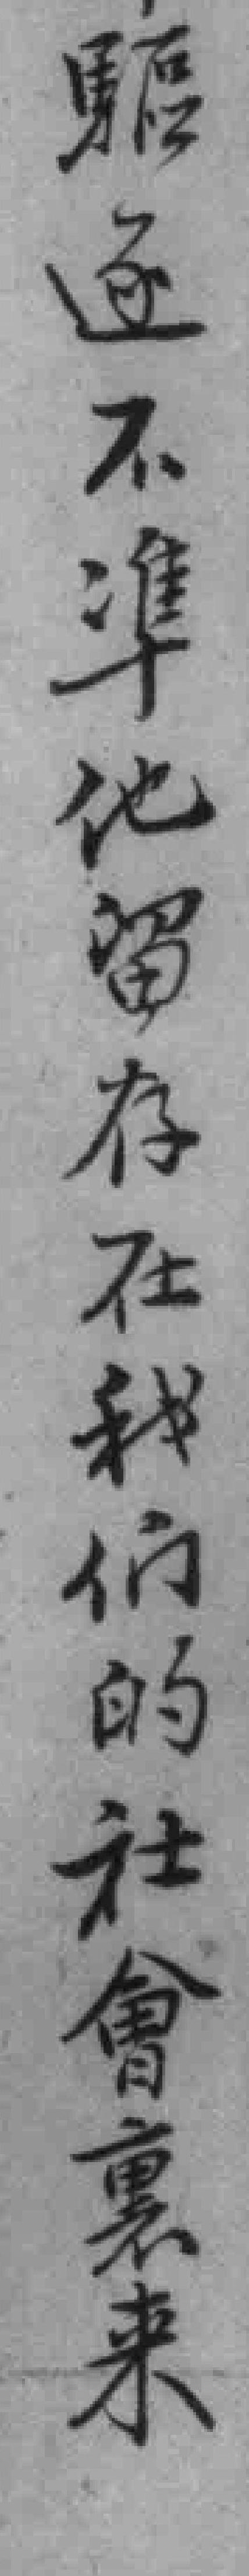
驅逐不凖他留存在我们的社會裏来